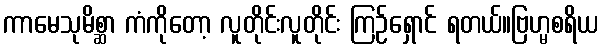
ကာမေသုမိစ္ဆာ ကံကိုတော့ လူတိုင်းလူတိုင်း ကြဉ်ရှောင် ရတယ်။ဗြဟ္မစရိယ